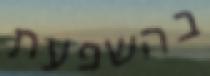
בהשפעת